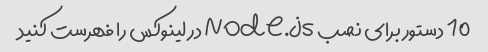
10 دستور برای نصب Node.js در لینوکس را فهرست کنید